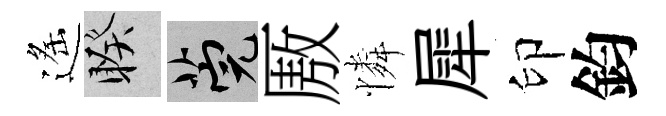
遙睽筦厫憐犀印鈞